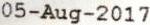
05-AUG-2017